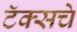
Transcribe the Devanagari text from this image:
टॅक्सचे